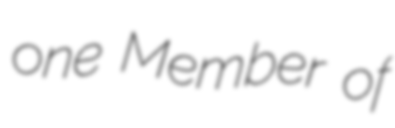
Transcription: one Member of